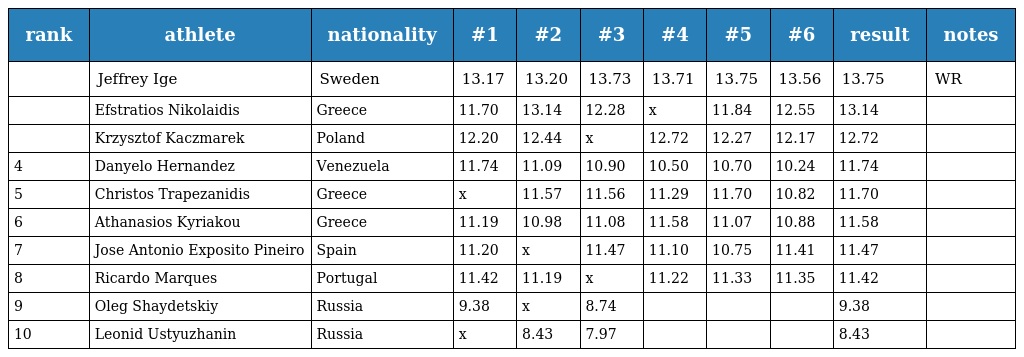
| rank | athlete | nationality | #1 | #2 | #3 | #4 | #5 | #6 | result | notes |
 | --- | --- | --- | --- | --- | --- | --- | --- | --- | --- | --- |
 |  | Jeffrey Ige | Sweden | 13.17 | 13.20 | 13.73 | 13.71 | 13.75 | 13.56 | 13.75 | WR |
 |  | Efstratios Nikolaidis | Greece | 11.70 | 13.14 | 12.28 | x | 11.84 | 12.55 | 13.14 |  |
 |  | Krzysztof Kaczmarek | Poland | 12.20 | 12.44 | x | 12.72 | 12.27 | 12.17 | 12.72 |  |
 | 4 | Danyelo Hernandez | Venezuela | 11.74 | 11.09 | 10.90 | 10.50 | 10.70 | 10.24 | 11.74 |  |
 | 5 | Christos Trapezanidis | Greece | x | 11.57 | 11.56 | 11.29 | 11.70 | 10.82 | 11.70 |  |
 | 6 | Athanasios Kyriakou | Greece | 11.19 | 10.98 | 11.08 | 11.58 | 11.07 | 10.88 | 11.58 |  |
 | 7 | Jose Antonio Exposito Pineiro | Spain | 11.20 | x | 11.47 | 11.10 | 10.75 | 11.41 | 11.47 |  |
 | 8 | Ricardo Marques | Portugal | 11.42 | 11.19 | x | 11.22 | 11.33 | 11.35 | 11.42 |  |
 | 9 | Oleg Shaydetskiy | Russia | 9.38 | x | 8.74 |  |  |  | 9.38 |  |
 | 10 | Leonid Ustyuzhanin | Russia | x | 8.43 | 7.97 |  |  |  | 8.43 |  |